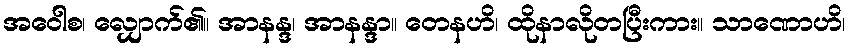
အဝေါစ၊ လျှောက်၏။ အာနန္ဒ၊ အာနန္ဒာ။ တေနဟိ၊ ထိုနာလိုတပြီးကား။ သာဏောဟိ၊